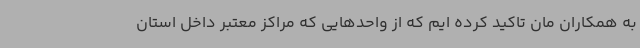
به همکاران مان تاکید کرده ایم که از واحدهایی که مراکز معتبر داخل استان